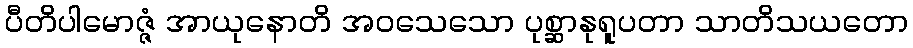
ပီတိပါမောဇ္ဇံ အာယုနောတိ အဝသေသော ပုစ္ဆာနုရူပတာ သာတိသယတော